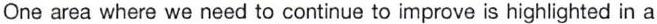
One area where we need to continue to improve is highlighted in a